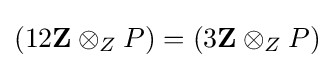
(12\mathbf {Z} \otimes _{Z}P)=(3\mathbf {Z} \otimes _{Z}P)